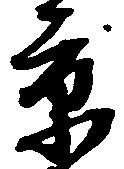
京